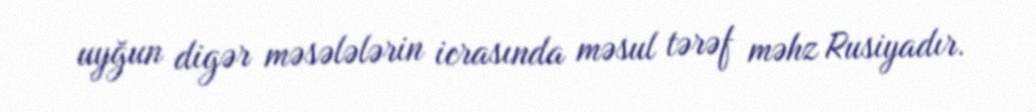
uyğun digər məsələlərin icrasında məsul tərəf məhz Rusiyadır.